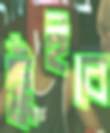
ছুঁইবে